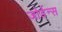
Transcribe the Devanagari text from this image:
जोर्डन्स